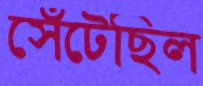
সেঁটেছিল